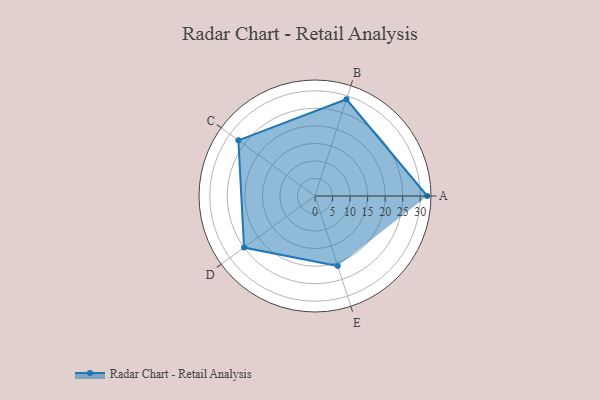
{"axis": {"x": "Skill", "y": "Score"}, "legend": ["Profile"], "data": [{"x": "A", "y": 32.0, "type": "Profile"}, {"x": "B", "y": 29.0, "type": "Profile"}, {"x": "C", "y": 27.0, "type": "Profile"}, {"x": "D", "y": 25.0, "type": "Profile"}, {"x": "E", "y": 21.0, "type": "Profile"}]}